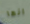
انها